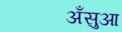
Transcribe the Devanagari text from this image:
अँसुआ